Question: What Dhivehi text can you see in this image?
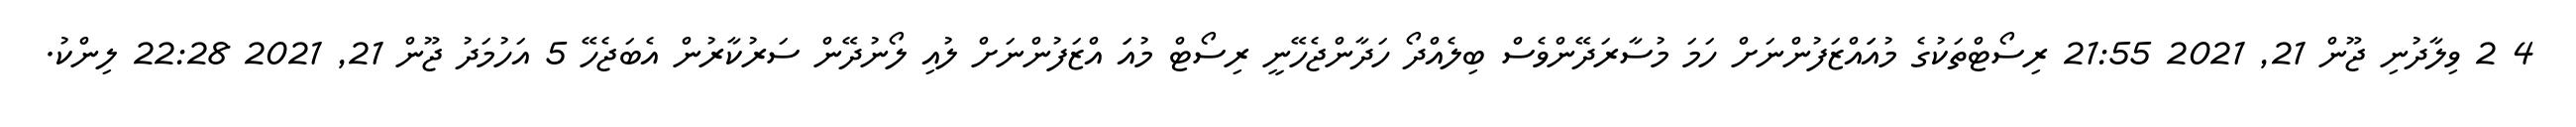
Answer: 4 2 ވިލާދުނި ޖޫން 21, 2021 21:55 ރިސޯޓްތަކުގެ މުއަައްޒަފުންނަށް ހަމަ މުސާރަދޭންވެސް ބިލެއްދޯ ހަދާންޖެހޭނީ ރިސޯޓް މުއަަ އްޒަފުންނަށް ލުއި ލޯނުދޭން ސަރުކާރުން އެބަޖެހޭ 5 އަހުމަދު ޖޫން 21, 2021 22:28 ލިންކު.